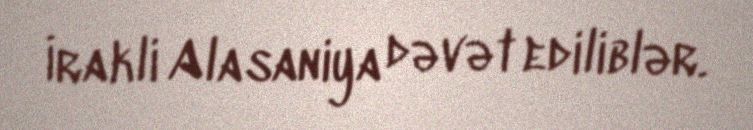
İrakli Alasaniya dəvət ediliblər.